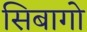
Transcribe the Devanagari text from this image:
सिबागो